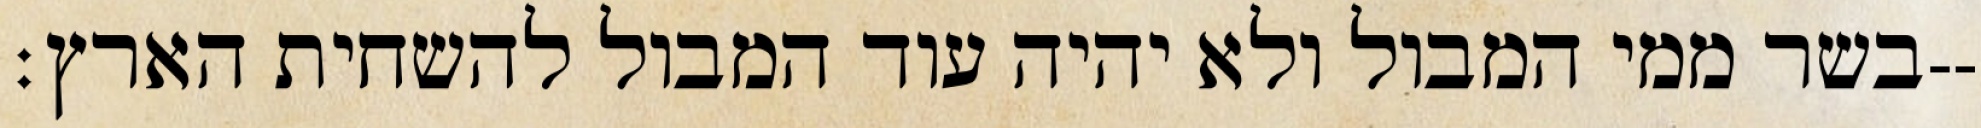
בשר ממי המבול ולא יהיה עוד המבול להשחית הארץ׃--